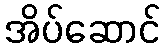
အိပ်ဆောင်